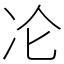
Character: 㓆